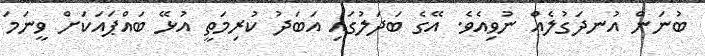
ބުނަން އުނދަގުލެއް ނުވިއެވެ. އޭގެ ބަދަލުގައި އަބަދު ކުރިމަތީ އުޅޭ ބައްޕައަކަށް ވީނަމަ